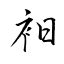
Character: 衵